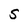
Character: S